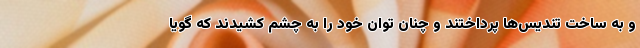
و به ساخت تندیس‌ها پرداختند و چنان توان خود را به چشم کشیدند که گویا